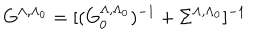
G ^ { \Lambda , \Lambda _ { 0 } } = [ ( G _ { 0 } ^ { \Lambda , \Lambda _ { 0 } } ) ^ { - 1 } + \Sigma ^ { \Lambda , \Lambda _ { 0 } } ] ^ { - 1 }